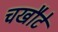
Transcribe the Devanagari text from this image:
चखौटे